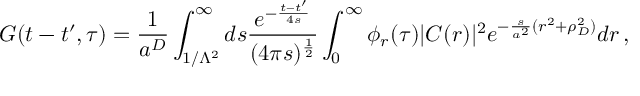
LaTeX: G ( t - t ^ { \prime } , \tau ) = \frac { 1 } { a ^ { D } } \int _ { 1 / \Lambda ^ { 2 } } ^ { \infty } d s \frac { e ^ { - \frac { t - t ^ { \prime } } { 4 s } } } { ( 4 \pi s ) ^ { \frac { 1 } { 2 } } } \int _ { 0 } ^ { \infty } \phi _ { r } ( \tau ) | C ( r ) | ^ { 2 } e ^ { - \frac { s } { a ^ { 2 } } ( r ^ { 2 } + \rho _ { D } ^ { 2 } ) } d r \, ,